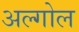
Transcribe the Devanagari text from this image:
अल्गोल